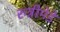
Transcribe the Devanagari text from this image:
रुन्नीमेडे